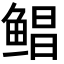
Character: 鲳